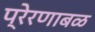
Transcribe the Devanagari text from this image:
प्रेरणाबळ